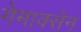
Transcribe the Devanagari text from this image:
गेमाक्सेन